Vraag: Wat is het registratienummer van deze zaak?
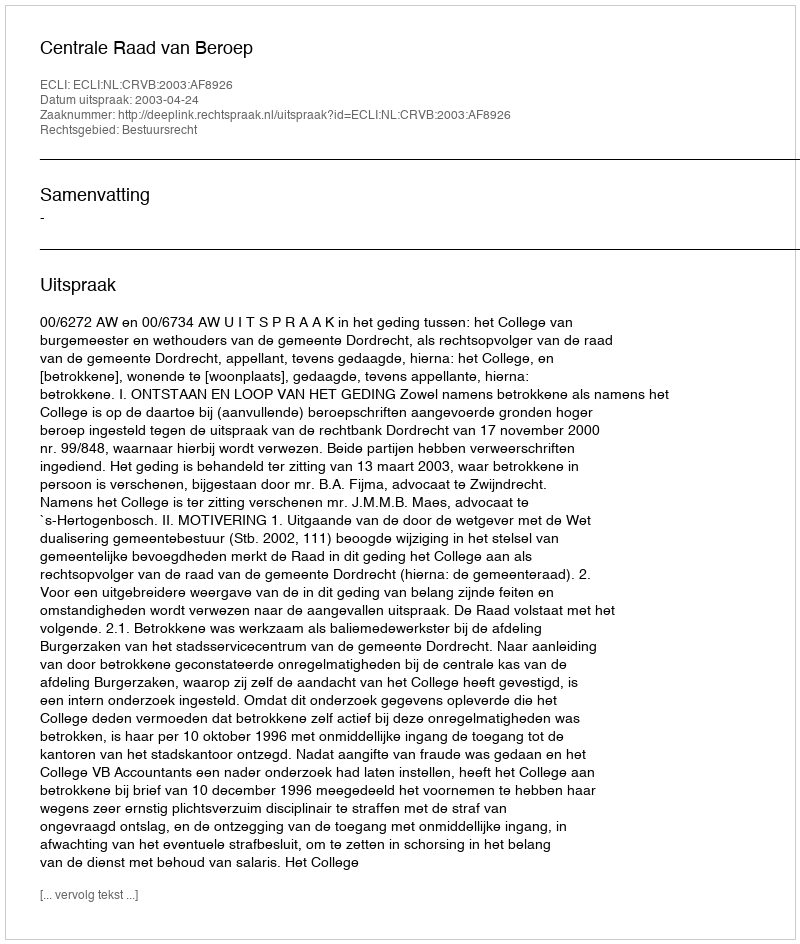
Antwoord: http://deeplink.rechtspraak.nl/uitspraak?id=ECLI:NL:CRVB:2003:AF8926